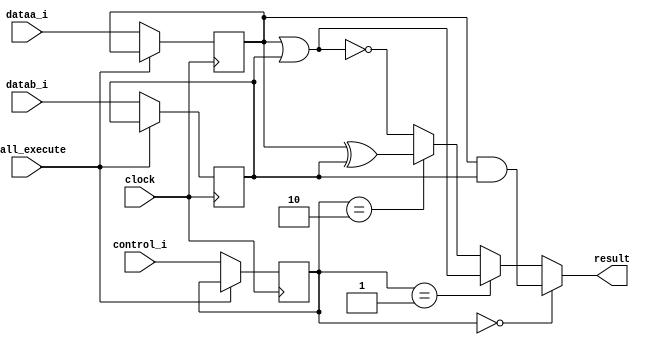
module ztiger_logic_cal (
	input         clock, stall_execute,
	input  [1:0]  control_i,
	input  [31:0] dataa_i, datab_i,
	output [31:0] result
);

	reg [31:0] dataa,  datab;
	reg [1:0]  control;
	always @ (posedge clock)
	begin
		if(stall_execute)
		begin
			// stall
		end
		else begin
			dataa   <= dataa_i;
			datab   <= datab_i;
			control <= control_i;
		end
	end

	assign result = control[1:0] == 2'b00 ? dataa & datab :
	                control[1:0] == 2'b01 ? dataa | datab :
	                control[1:0] == 2'b10 ? dataa ^ datab : ~(dataa | datab);						
endmodule